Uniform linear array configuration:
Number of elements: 24
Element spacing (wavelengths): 1
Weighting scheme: kaiser
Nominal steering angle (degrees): -15
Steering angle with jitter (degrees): -16.296
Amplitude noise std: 0.05
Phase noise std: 0.05

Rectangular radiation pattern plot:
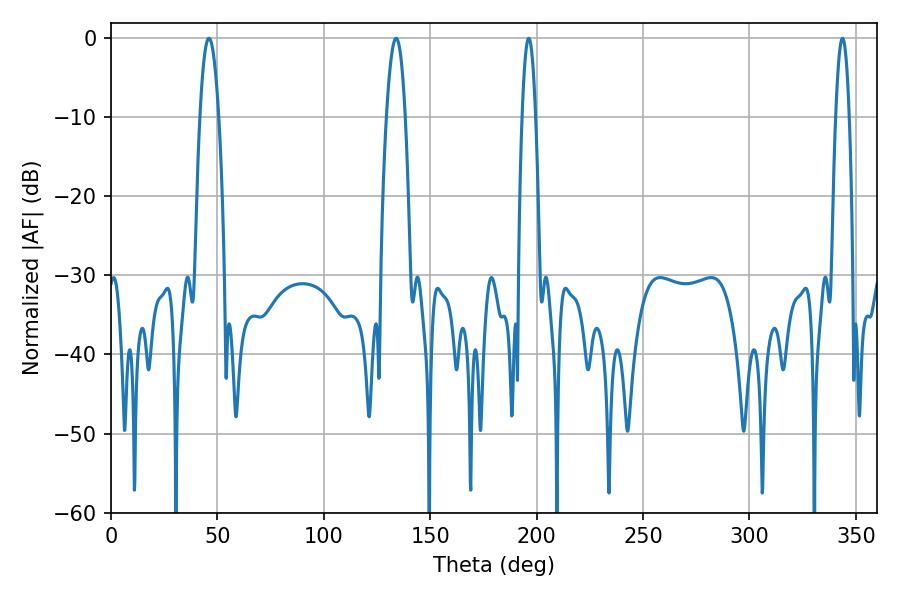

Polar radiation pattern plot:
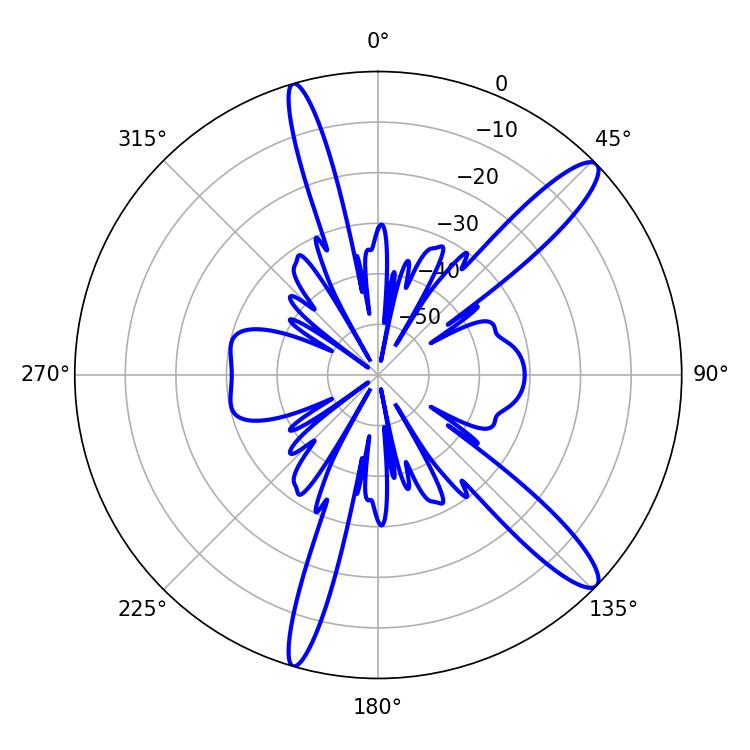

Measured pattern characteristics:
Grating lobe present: TRUE
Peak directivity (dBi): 13.23
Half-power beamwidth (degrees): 4.68
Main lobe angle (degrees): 46.08